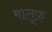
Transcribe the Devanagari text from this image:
मालूफ़